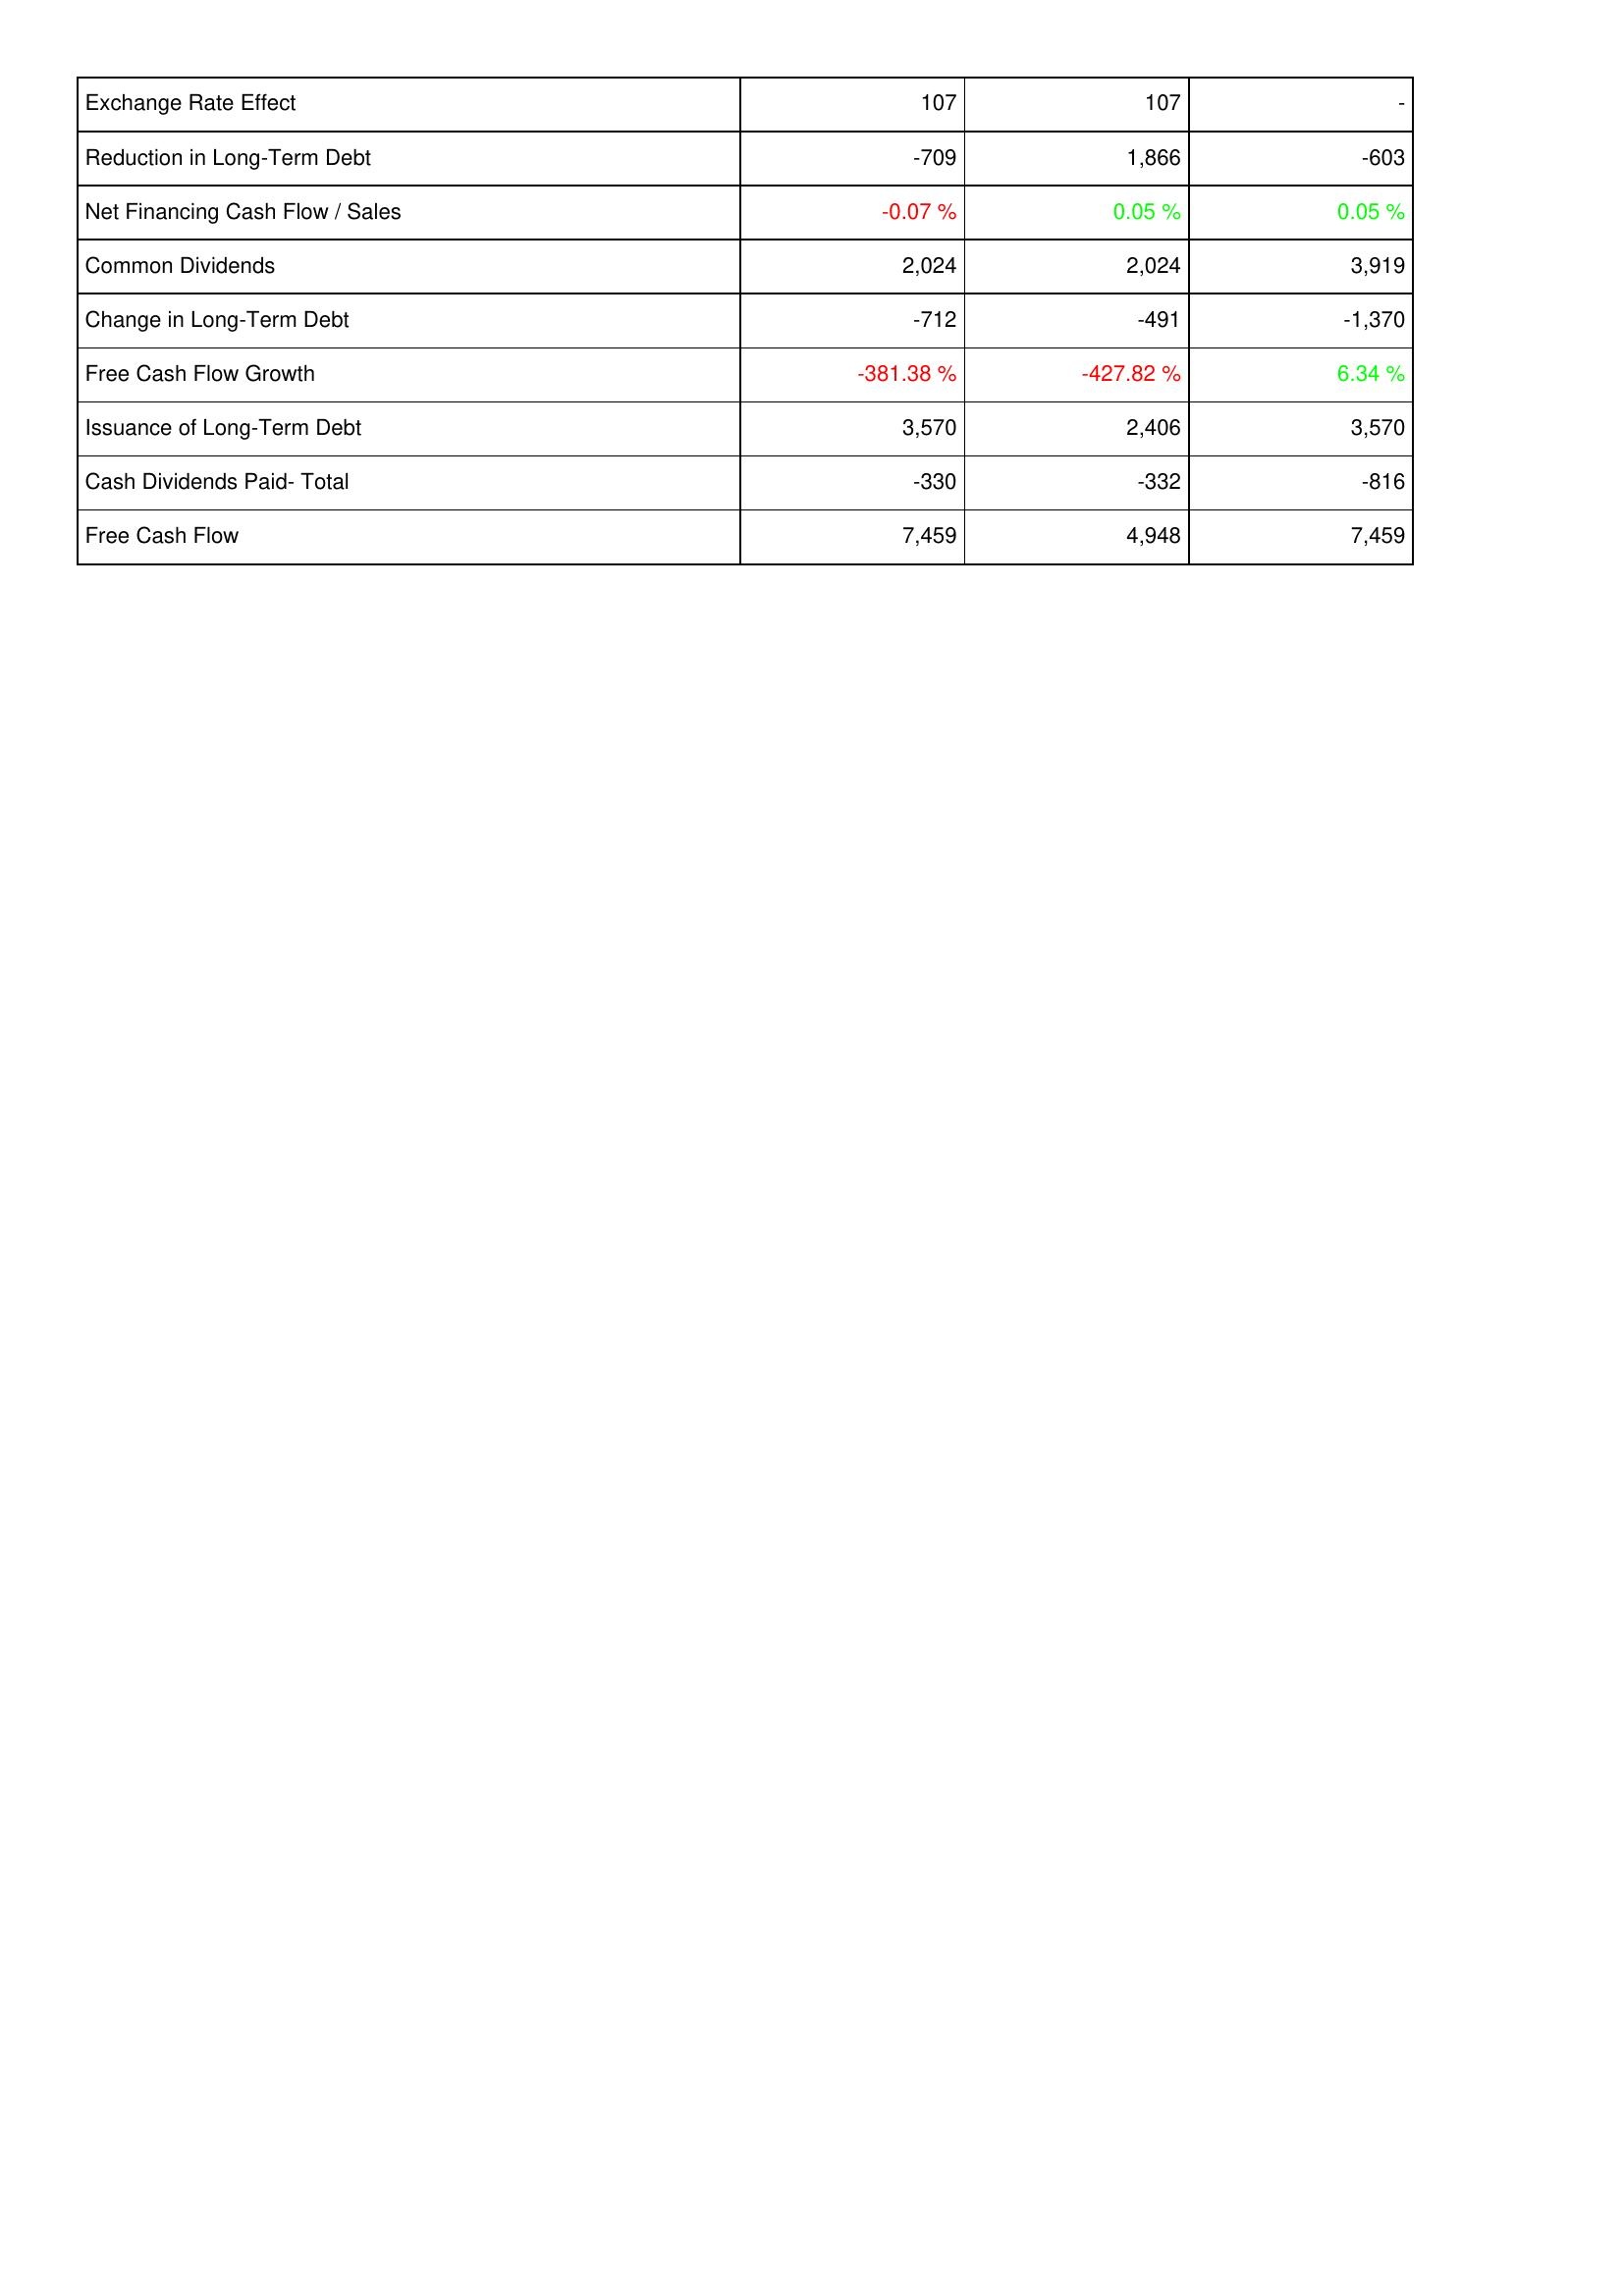
2013: Financing Activities: Exchange Rate Effect: 107
Reduction in Long-Term Debt: -709
Net Financing Cash Flow / Sales: -0.07 %
Common Dividends: 2,024
Change in Long-Term Debt: -712
Free Cash Flow Growth: -381.38 %
Issuance of Long-Term Debt: 3,570
Cash Dividends Paid- Total: -330
Free Cash Flow: 7,459
2014: Financing Activities: Exchange Rate Effect: 107
Reduction in Long-Term Debt: 1,866
Net Financing Cash Flow / Sales: 0.05 %
Common Dividends: 2,024
Change in Long-Term Debt: -491
Free Cash Flow Growth: -427.82 %
Issuance of Long-Term Debt: 2,406
Cash Dividends Paid- Total: -332
Free Cash Flow: 4,948
2015: Financing Activities: Exchange Rate Effect: -
Reduction in Long-Term Debt: -603
Net Financing Cash Flow / Sales: 0.05 %
Common Dividends: 3,919
Change in Long-Term Debt: -1,370
Free Cash Flow Growth: 6.34 %
Issuance of Long-Term Debt: 3,570
Cash Dividends Paid- Total: -816
Free Cash Flow: 7,459